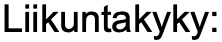
Liikuntakyky: